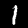
Label: 1